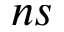
n s